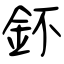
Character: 鈈